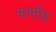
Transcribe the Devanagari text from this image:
पर्णाग्र